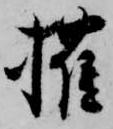
権